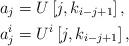
LaTeX: \begin{align*} &a_j = U\left[ j, k_{i-j+1} \right] , \\ &a^i_j = U^i\left[ j, k_{i-j+1} \right] ,\end{align*}